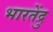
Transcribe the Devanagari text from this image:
भारतेंद्रु